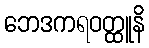
ဘေဒကရဝတ္ထူနိ